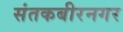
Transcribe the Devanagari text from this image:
संतकबीरनगर